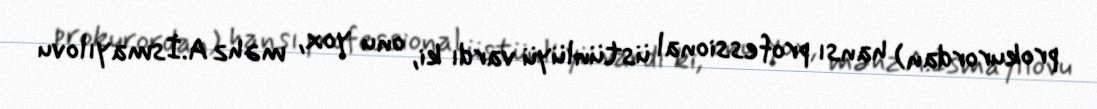
prokurordan) hansı professional üstünlüyü vardı ki, onu yox, məhz A.İsmayılovu